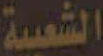
الشعبية